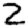
Digit: 2